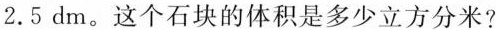
2.5dm。这个石块的体积是多少立方分米?